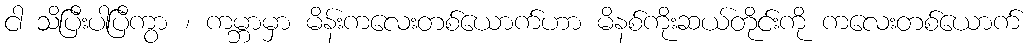
ငါ သိပြီးပါပြီကွာ ၊ ကမ္ဘာမှာ မိန်းကလေးတစ်ယောက်ဟာ မိနစ်ကိုးဆယ်တိုင်းကို ကလေးတစ်ယောက်